Annual statistical returns and brief notes on vaccination in Bengal - 1887-1898
Year: 1887
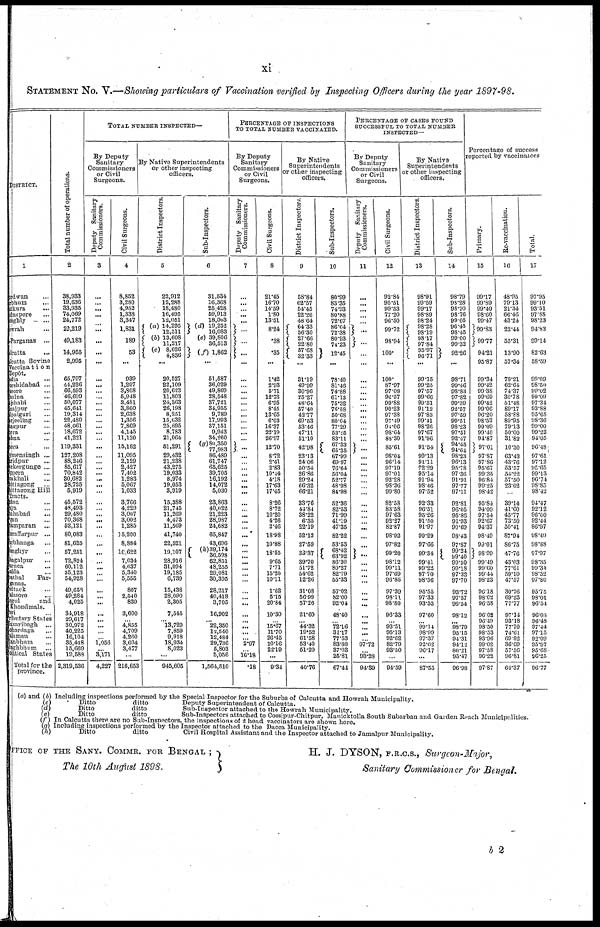
xi
STATEMENT No. V.—Showing particulars of Vaccination verified by Inspecting Officers during the year 1897-98.
DISTRICT.
1
Burdwan ...
Birbhum ...
Bankura ...
Midnapore ...
Hooghly ...
Howrah ...
24-Parganas ...
Calcutta
...
Calcutta Bovine
Vaccination
Depôt.
Nadi a ...
Murshidabad ...
Jessore ...
Khulna ...
Rajshahi ...
Dinajpur ...
Jalpaiguri ...
Darjeeling ...
Rangpur ...
Bogra
...
Pabna
...
Dacca ...
Mymensingh ...
Faridpur ...
Backergunge ...
Tippera ...
Noakhali ...
Chittagong ...
Chittagong Hill
Tracts.
Patna ...
Gaya ...
Shahabad ...
Saran ...
Champaran ...
Muzaffarpur ...
Darbhanga ...
Monghyr ...
Bhagalpur ...
Purnea
...
Malda ...
Sonthal
Par-
ganas.
Cuttack ...
Blasore ...
Angul
and
Khondmals.
Puri ...
Tributary States
Hazaribagh ...
Lohardaga ...
Palamau ...
Manbhum ...
Singhbhum ...
Political States
Total for the
province.
Total number of operations.
2
38,933
19,636
33,935
74,069
24,772
22,219
49,183
14,955
2,995
65,797
44,226
66,593
46,699
50,077
45,641
19,314
22,480
48,061
18,672
41,221
119,331
127,208
88,246
85,617
70,842
30,682
28,725
5,919
45,572
48,493
29,480
70,368
52,121
80,083
81,625
57,251
72,824
60,112
35,123
54,928
49,658
49,284
4,025
34,918
29,617
30,972
40,225
16,104
35,448
15,669
19,588
2,319,536
TOTAL NUMBER INSPECTED—
By Deputy
Sanitary
Commissioners
or Civil
Surgeons.
Deputy Sanitary
Commissioners.
3
...
...
...
...
... ...
...
...
...
...
...
...
...
...
...
...
...
...
...
...
...
...
...
...
...
...
...
...
...
... ...
...
...
...
...
...
...
...
...
...
...
...
...
...
...
...
...
... 1,056
...
3,171
4,227
Civil Surgeons.
4
8,852
3,280
4,952
1,338
3,347
1,831
189
53
...
939
1,297
3,808
5,948
3,481
3,860
2,638
1,356
7,869
4,145
11,120
15,162
11,095
2,129
2,427
7,402
1,283
5,067
1,033
3,766
4,229
3,007
3,002
1,285
15,200
8,884
10,622
7,034
4,637
5,340
5,555
807
2,540
839
3,600
... 4,855
4,709
4,260
3,604
3,477
...
216,653
By Native Superintendents
or other inspecting
officers.
District Inspectors.
5
22,912
12,288
18,480
16,495
12,051
(a) 14,295
12,511
(b) 13,608
11,217
(c) 8,626
4,836
...
20,527
22,109
20,623
11,803
24,363
26,198
8,251
15,632
25,695
8,783
21,064
51,291
29,432
21,238
43,275
19,033
8,974
19,053
3,919
15,388
21,745
11,269
4,473
11,569
41,740
22,521
19,107
28,916
31,094
19,185
6,739
15,438
28,090
2,305
7,545
...
13,729
7,859
9,918
18,934
8,023
...
945,605
Sub-Inspectors.
6
31,534
16,368
25,428
59,913
18,003
(d) 19,252
16,083
(e) 39,806
36,513
(f) 1,862
...
51,587
36,029
49,869
28,548
37,721
34,955
9,789
17,993
37,151
9,943
34,260
(g)80,350
77,983
86,489
61,747
65,625
39,705
16,192
14,072
5,030
23,863
40,022
21,223
28,987
24,682
65,847
43,696
(h)39,174
36,598
62,851
48,255
29,081
30,395
28,217
40,418
3,705
16,902
... 22,350
12,540
12,484
29,736
5,803
5,056
1,564,510
PERCENTAGE OF INSPECTIONS
TO TOTAL NUMBER VACCINATED.
By Deputy
Sanitary
Commissioners
or Civil
Surgeons.
Deputy Sanitary
Commissioners.
7
...
...
...
...
...
...
...
...
...
...
...
...
...
...
...
...
...
...
...
...
...
...
... ...
...
...
...
...
...
... ...
...
...
...
...
... ...
...
...
...
...
...
... ...
...
...
...
...
... 2.97
... 16.18
.18
Civil Surgeons.
8
21.45
16.70
14.59
1.80
13.51
8.24
.38
.35
...
1.42
2.93
5.71
12.73
6.95
8.45
13.65
6.03
16.37
22.19
26.97
12.70
8.72
2.41
2.83
10.44
4.18
17.63
17.45
8.26
8.72
10.20
4.26
2.46
18.98
10.88
18.55
9.65
7.71
15.20
10.11
1.62
5.15
20.84
10.30
... 15.67
11.70
26.45
10.16
22.19
...
9.34
By Native
Superintendents
or other inspecting
officers.
District Inspector.
9
58.84
62.57
54.45
22.26
48.64
64.33
56.30
27.66
22.80
57.68
32.33
...
31.19
49.99
30.96
25.27
48.64
57.40
42.77
69.53
53.46
47.11
51.10
42.98
23.13
24.06
50.54
26.86
29.24
66.32
66.21
33.76
44.84
38.22
6.35
22.19
52.12
27.59
33.37
39.70
51.72
54.62
12.26
31.08
56.99
57.26
21.60
... 44.32
19.52
61.58
53.40
51.20
...
40.76
Sub-Inspectors.
10
80.99
83.35
74.93
80.88
72.67
86.64
72.38
80.93
74.23
12.45
...
78.40
81.46
74.88
61.13
75.32
76.58
50.68
80.04
77.29
53.25
83.11
67.33
65.35
67.99
69.97
76.64
56.04
52.77
48.98
84.98
52.36
82.53
71.99
41.19
47.35
82.22
53.53
68.42
63.92
86.30
80.27
82.79
55.33
57.02
82.00
92.04
48.40
... 72.16
31.17
77.53
83.88
37.03
25.81
67.44
PERCENTAGE OF CASES FOUND
SUCCESSFUL TO TOTAL NUMBER
INSPECTED—
By Deputy
Sanitary
Commissioners
or Civil
Surgeons.
Deputy Sanitary
Commissioners.
11
...
...
...
...
... ...
...
...
...
... ...
...
...
... ...
...
...
...
... ...
...
...
...
...
...
...
... ...
...
...
...
... ...
...
...
...
...
...
... ...
...
... ...
...
...
... ...
... 97.72
... 93.28
94.89
Civil Surgeons.
12
92.84
95.51
99.53
77.20
96.50
99.72
98.94
100.
...
100.
87.97
97.08
96.57
99.88
90.23
97.38
97.49
94.06
98.64
88.30
85.61
98.04
96.14
97.19
97.01
92.28
98.36
99.80
82.58
83.58
97.63
92.27
82.87
98.92
97.82
99.20
98.12
99.11
97.69
96.85
97.39
98.11
98.80
96.33
... 93.51
95.13
92.62
82.79
93.50
...
94.59
By Native
Superintendents
or other inspecting
officers.
District Inspectors.
13
98.91
99.59
99.17
98.89
98.24
98.28
98.19
98.17
97.84
95.97
96.71
...
99.15
99.25
97.57
99.66
99.51
91.12
97.83
99.41
98.26
97.67
91.96
91.64
99.13
91.11
72.29
95.14
91.94
98.46
97.52
92.33
96.51
95.26
91.50
91.97
99.29
97.66
99.34
99.41
99.22
97.70
98.56
95.55
97.33
93.53
97.60
... 99.14
98.99
97.37
92.62
96.17
...
87.55
Sub-Inspectors.
14
98.79
98.28
98.70
98.76
99.05
96.45
98.45
99.00
99.32
92.26
...
98.71
99.46
98.83
97.82
99.39
92.57
97.59
99.51
98.23
97.51
92.47
94.45
94.64
98.28
96.13
95.78
97.36
91.91
97.77
97.11
92.81
96.05
95.86
91.93
90.69
98.43
97.87
99.24
99.40
99.50
99.18
97.32
97.70
93.72
97.57
96.54
98.12
... 98.79
95.15
94.31
94.12
80.21
95.47
96.98
Percentage of success
reported by vaccinators
Primary.
15
99.17
99.89
99.40
98.60
99.47
99.83
99.77
94.21
95.87
99.34
99.42
99.38
99.69
99.42
99.06
96.20
98.52
99.09
99.40
94.87
97.01
97.87
97.86
95.67
99.35
96.84
99.25
98.42
95.84
94.00
97.54
92.67
94.37
98.49
99.01
98.99
99.49
99.60
99.44
98.23
96.18
98.02
96.58
96.02
96.49
98.50
98.53
93.96
99.02
97.58
96.22
97.87
Re-vaccination.
16
48.95
79.13
21.34
66.46
43.24
22.44
55.31
13.90
57.34
78.21
62.61
74.37
30.78
51.48
89.17
58.88
89.95
79.13
50.00
31.82
10.30
63.43
43.76
53.57
54.22
57.50
23.02
...
39.14
41.00
45.77
73.50
50.41
87.94
86.75
47.76
43.03
77.61
59.10
47.57
30.76
69.23
77.77
97.14
93.18
77.70
74.61
69.82
36.69
57.56
96.81
64.37
Total.
17
97.95
99.10
93.51
97.88
98.23
94.83
99.14
82.63
58.59
99.09
98.50
99.02
99.09
97.34
93.88
95.65
98.36
99.00
99.23
94.05
96.48
97.61
97.12
95.65
99.13
96.74
98.85
98.42
94.47
92.12
96.00
92.44
86.97
98.49
98.88
97.97
98.35
99.34
98.52
97.80
95.75
98.01
96.54
96.03
96.48
97.44
97.15
92.09
95.97
95.68
96.25
96.77
(a) and (b) Including inspections performed by the Special Inspector for the Suburbs of Calcutta and Howrah Municipality.
(c)
Ditto
ditto
Deputy Superintendent of Calcutta.
(d)
Ditto
ditto
Sub-Inspector attached to the Howrah Municipality.
(e)
Ditto
ditto
Sub-Inspectors attached to Cossipur-Chitpur, Manicktolla South Suburban and Garden Reach Municipalities
(f) In Calcutta there are no Sub-Insnectors, the inspections of 2 head vaccinators are shown here.
(g) Including inspections performed by the Inspector attached to the Dacca Municipality.
(h)
Ditto
ditto
Civil Hospital Assistant and the Inspector attached to Jamalpur Municipality.
OFFICE OF THE SANY. COMMR. FOR BENGAL ;
The 10th August 1898.
H. J. DYSON, F.R.C.S., Surgeon-Major,
Sanitary Commissioner for Bengal.
b 2